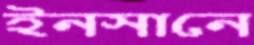
ইনসানে